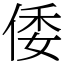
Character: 倭